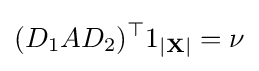
(D_{1}AD_{2})^{\top }1_{|\mathbf {X} |}=\nu